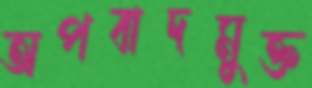
অপবাদমুক্ত